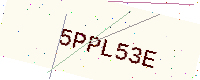
Text: 5PPL53E